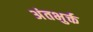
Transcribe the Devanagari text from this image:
अंतभुर्क्त